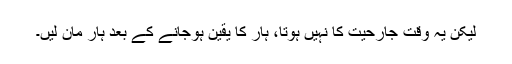
لیکن یہ وقت جارحیت کا نہیں ہوتا، ہار کا یقین ہوجانے کے بعد ہار مان لیں۔